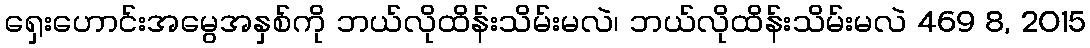
ရှေးဟောင်းအမွေအနှစ်ကို ဘယ်လိုထိန်းသိမ်းမလဲ၊ ဘယ်လိုထိန်းသိမ်းမလဲ 469 8, 2015